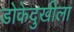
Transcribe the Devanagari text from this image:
डोकेदुखीला